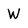
Character: W